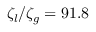
\zeta _ { l } / \zeta _ { g } = 9 1 . 8